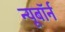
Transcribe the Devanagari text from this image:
न्यूबॉर्न